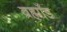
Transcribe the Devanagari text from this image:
ब्रह्माँड